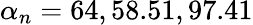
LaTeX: \alpha_{n}=64,58.51,97.41